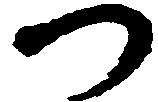
つ